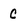
Character: C